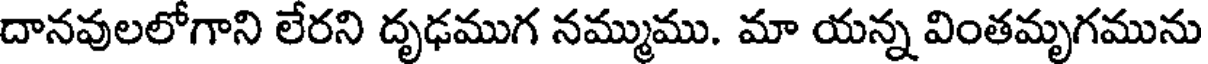
దానవులలోగాని లేరని దృఢముగ నమ్ముము. మా యన్న వింతమృగమును